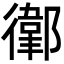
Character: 𢖁